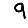
Digit: 9